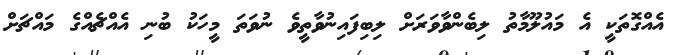
އެއްގޮތަކީ އެ މައުލޫމާތު ލިބެންވާވަރަށް ލިބިފައިނުވާތީވެ ނުވަތަ މީހަކު ބުނި އެއްޗެއްގެ މައްޗަށް